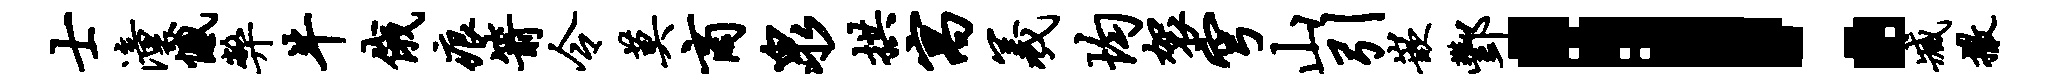
士潼憾弊牛俄痕箭令莫商泉拱寓羲均袈穹山引嵌酆！臧撒